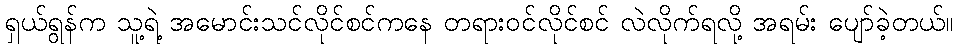
ရှယ်ရွန်က သူ့ရဲ့ အမောင်းသင်လိုင်စင်ကနေ တရားဝင်လိုင်စင် လဲလိုက်ရလို့ အရမ်း ပျော်ခဲ့တယ်။